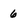
Character: 6